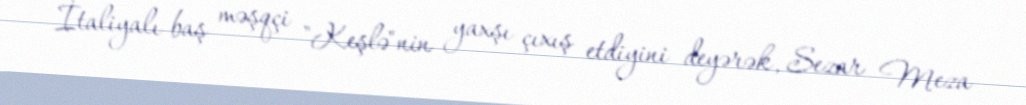
İtaliyalı baş məşqçi "Keşlə"nin yaxşı çıxış etdiyini deyərək, Sezar Meza